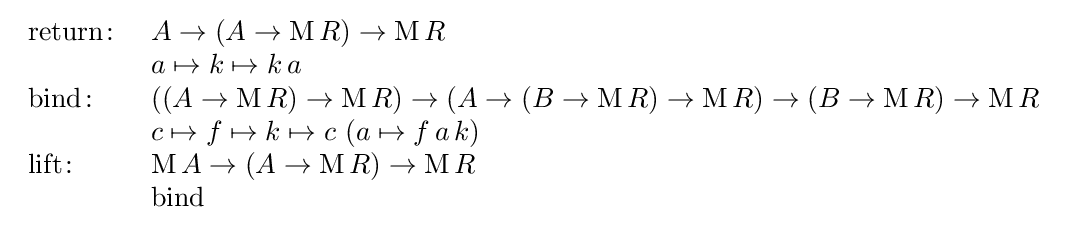
{\begin{array}{ll}\mathrm {return} \colon &A\rightarrow \left(A\rightarrow \mathrm {M} \,R\right)\rightarrow \mathrm {M} \,R\\&a\mapsto k\mapsto k\,a\\\mathrm {bind} \colon &\left(\left(A\rightarrow \mathrm {M} \,R\right)\rightarrow \mathrm {M} \,R\right)\rightarrow \left(A\rightarrow \left(B\rightarrow \mathrm {M} \,R\right)\rightarrow \mathrm {M} \,R\right)\rightarrow \left(B\rightarrow \mathrm {M} \,R\right)\rightarrow \mathrm {M} \,R\\&c\mapsto f\mapsto k\mapsto c\,\left(a\mapsto f\,a\,k\right)\\\mathrm {lift} \colon &\mathrm {M} \,A\rightarrow (A\rightarrow \mathrm {M} \,R)\rightarrow \mathrm {M} \,R\\&\mathrm {bind} \end{array}}